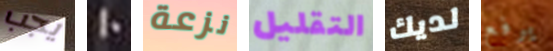
يجب 10 نزعة التقليل لديك يرفع